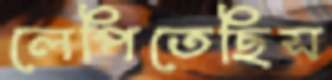
লেপিতেছিস